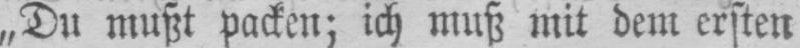
„Du mußt packen; ich muß mit dem ersten